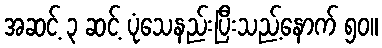
အဆင့် ၃ ဆင့် ပုံသေနည်းပြီးသည့်နောက် ၅၀။